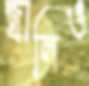
জ্বালিও